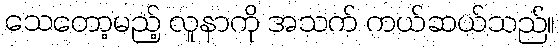
သေတော့မည့် လူနာကို အသက် ကယ်ဆယ်သည်။